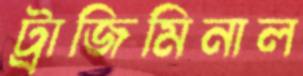
ট্রাজিমিনাল